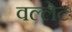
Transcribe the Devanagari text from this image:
वल्लेट